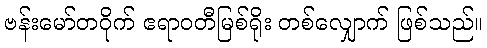
ဗန်းမော်တဝိုက် ဧရာဝတီမြစ်ရိုး တစ်လျှောက် ဖြစ်သည်။